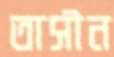
তাসীন